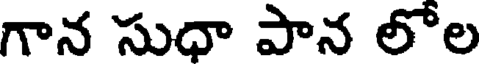
గాన సుధా పాన లోల